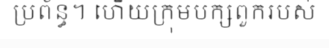
ប្រព័ន្ធ។ ហើយក្រុមបក្សពួករបស់